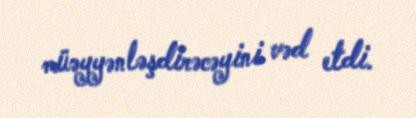
müəyyənləşdirəcəyini vəd etdi.